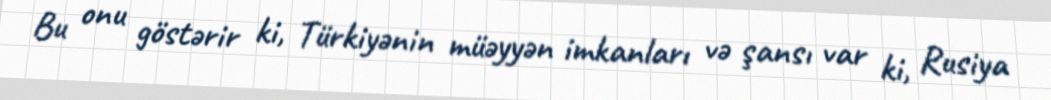
Bu onu göstərir ki, Türkiyənin müəyyən imkanları və şansı var ki, Rusiya